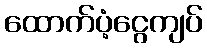
ထောက်ပံ့ငွေကျပ်